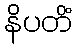
နိပတိံ